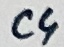
Text: C4